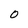
Character: O